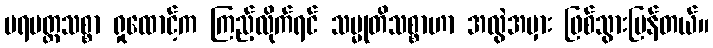
ပရမတ္ထသစ္စာ ရှုထောင့်က ကြည့်လိုက်ရင် သမ္မုတိသစ္စာဟာ အလွဲအမှား ဖြစ်သွားပြန်တယ်။